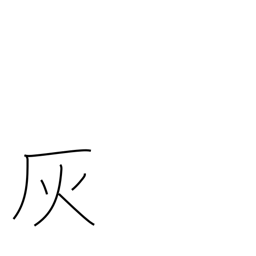
Meaning: puckery juice